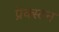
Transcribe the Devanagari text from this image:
प्रेक्स्टन